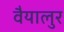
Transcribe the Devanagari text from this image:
वैयालुर